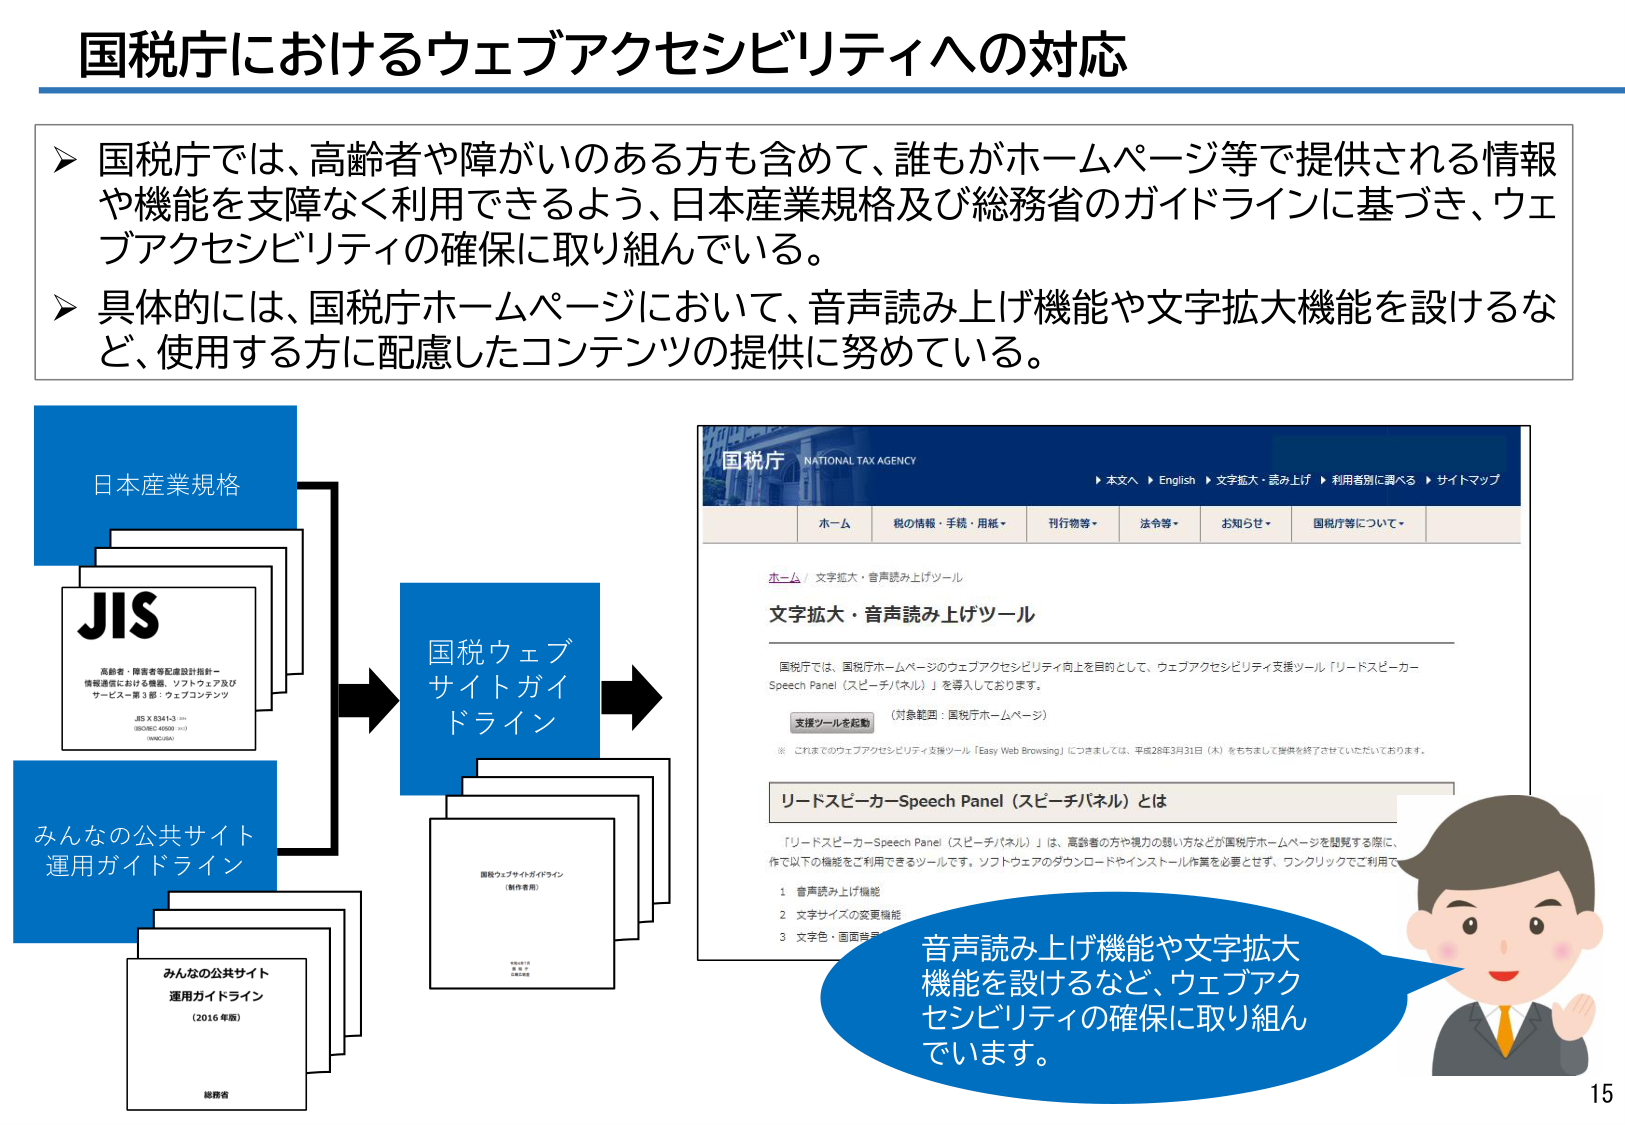
国税庁におけるウェブアクセシビリティへの対応

➤ 国税庁では、高齢者や障がいのある方も含めて、誰もがホームページ等で提供される情報や機能を支障なく利用できるよう、日本産業規格及び総務省のガイドラインに基づき、ウェブアクセシビリティの確保に取り組んでいる。

➤ 具体的には、国税庁ホームページにおいて、音声読み上げ機能や文字拡大機能を設けるなど、使用する方に配慮したコンテンツの提供に努めている。

日本産業規格
JIS
高齢者・障害者等配慮設計指針－
情報通信における機器、ソフトウェア及び
サービス－第3部：ウェブコンテンツ
JIS X 8341-3:2010
ISO/IEC 40500:2012
WWWC/WAI

みんなの公共サイト
運用ガイドライン
みんなの公共サイト
運用ガイドライン
（2016年版）
総務省

国税ウェブ
サイトガイドライン
国税ウェブサイトガイドライン
（制作者用）

国税庁 NATIONAL TAX AGENCY
▶ 本文へ ▶ English ▶ 文字拡大・読み上げ ▶ 利用者別に調べる ▶ サイトマップ
ホーム 税の情報・手続・用紙・ 刊行物等・ 法令等・ お知らせ・ 国税庁等について・
ホーム / 文字拡大・音声読み上げツール
文字拡大・音声読み上げツール
国税庁では、国税庁ホームページのウェブアクセシビリティ向上を目的として、ウェブアクセシビリティ支援ツール「リードスピーカーSpeech Panel（スピーチパネル）」を導入しております。
支援ツールを起動 （対象範囲：国税庁ホームページ）
※ これまでのウェブアクセシビリティ支援ツール「Easy Web Browsing」につきましては、平成28年3月31日（木）をもちまして提供を終了させていただいております。

リードスピーカーSpeech Panel（スピーチパネル）とは
「リードスピーカーSpeech Panel（スピーチパネル）」は、高齢者の方や視力の弱い方などが国税庁ホームページを閲覧する際に、作以下の機能をご利用できるツールです。ソフトウェアのダウンロードやインストール作業を必要とせず、ワンクリックでご利用で
1 音声読み上げ機能
2 文字サイズの変更機能
3 文字色・画面背景

音声読み上げ機能や文字拡大機能を設けるなど、ウェブアクセシビリティの確保に取り組んでいます。

15